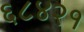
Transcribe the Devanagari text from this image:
६८४२१